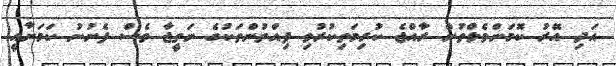
އަދި އޭރު ކޮމަންވެލްތުން ރާއްޖެ ކުރިމަތިކުރުވި ފިއްތުންތަކުގެ ނަތީޖާ ވެސް ފެނުނު ކަމަށާއީ